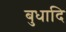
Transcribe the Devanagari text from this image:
बुधादि